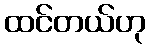
ထင်တယ်ဟု